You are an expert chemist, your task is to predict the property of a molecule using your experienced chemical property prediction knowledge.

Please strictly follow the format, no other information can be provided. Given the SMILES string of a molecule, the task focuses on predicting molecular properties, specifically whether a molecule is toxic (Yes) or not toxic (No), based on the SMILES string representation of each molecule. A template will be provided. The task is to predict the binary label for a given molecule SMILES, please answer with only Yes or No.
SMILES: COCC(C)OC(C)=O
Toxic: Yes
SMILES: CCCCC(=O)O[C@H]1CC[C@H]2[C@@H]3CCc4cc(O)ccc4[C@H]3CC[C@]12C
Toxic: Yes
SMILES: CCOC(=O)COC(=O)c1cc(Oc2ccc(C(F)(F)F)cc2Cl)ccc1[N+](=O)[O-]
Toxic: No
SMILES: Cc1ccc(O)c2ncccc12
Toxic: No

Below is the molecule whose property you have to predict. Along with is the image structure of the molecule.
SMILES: CO[Si](OC)(OC)c1ccccc1
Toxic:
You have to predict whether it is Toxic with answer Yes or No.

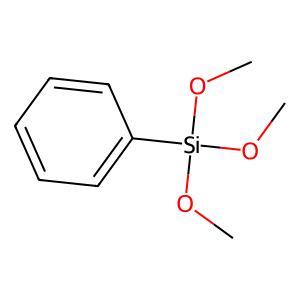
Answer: No